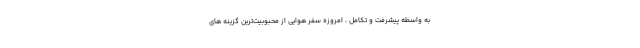
به واسطه پیشرفت و تکامل ، امروزه سفر هوایی از محبوبیت‌ترین گزینه های